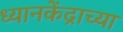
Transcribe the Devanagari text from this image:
ध्यानकेंद्राच्या